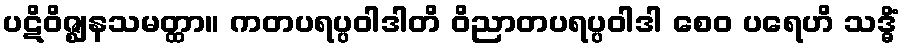
ပဋိဝိဇ္ဈနသမတ္ထာ။ ကတပရပ္ပဝါဒါတိ ဝိညာတပရပ္ပဝါဒါ စေဝ ပရေဟိ သဒ္ဓိံ